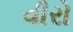
વીરો